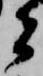
者